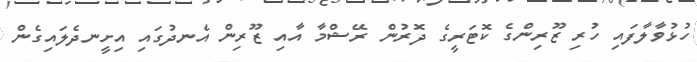
ހުޅުވާލާފައި ހުރި ޒޫރިންގެ ކޮޓަރީގެ ދޮރުން ރޭޝްމާ އާއި ޒޫރިން އެނދުގައި އިށީނދެލައިގެން